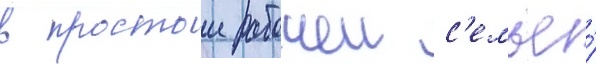
в простои рабочеи с'емье́